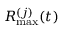
R _ { \mathrm { m a x } } ^ { ( j ) } ( t )